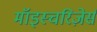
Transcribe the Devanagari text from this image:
मॉइस्चरिज़ेर्स